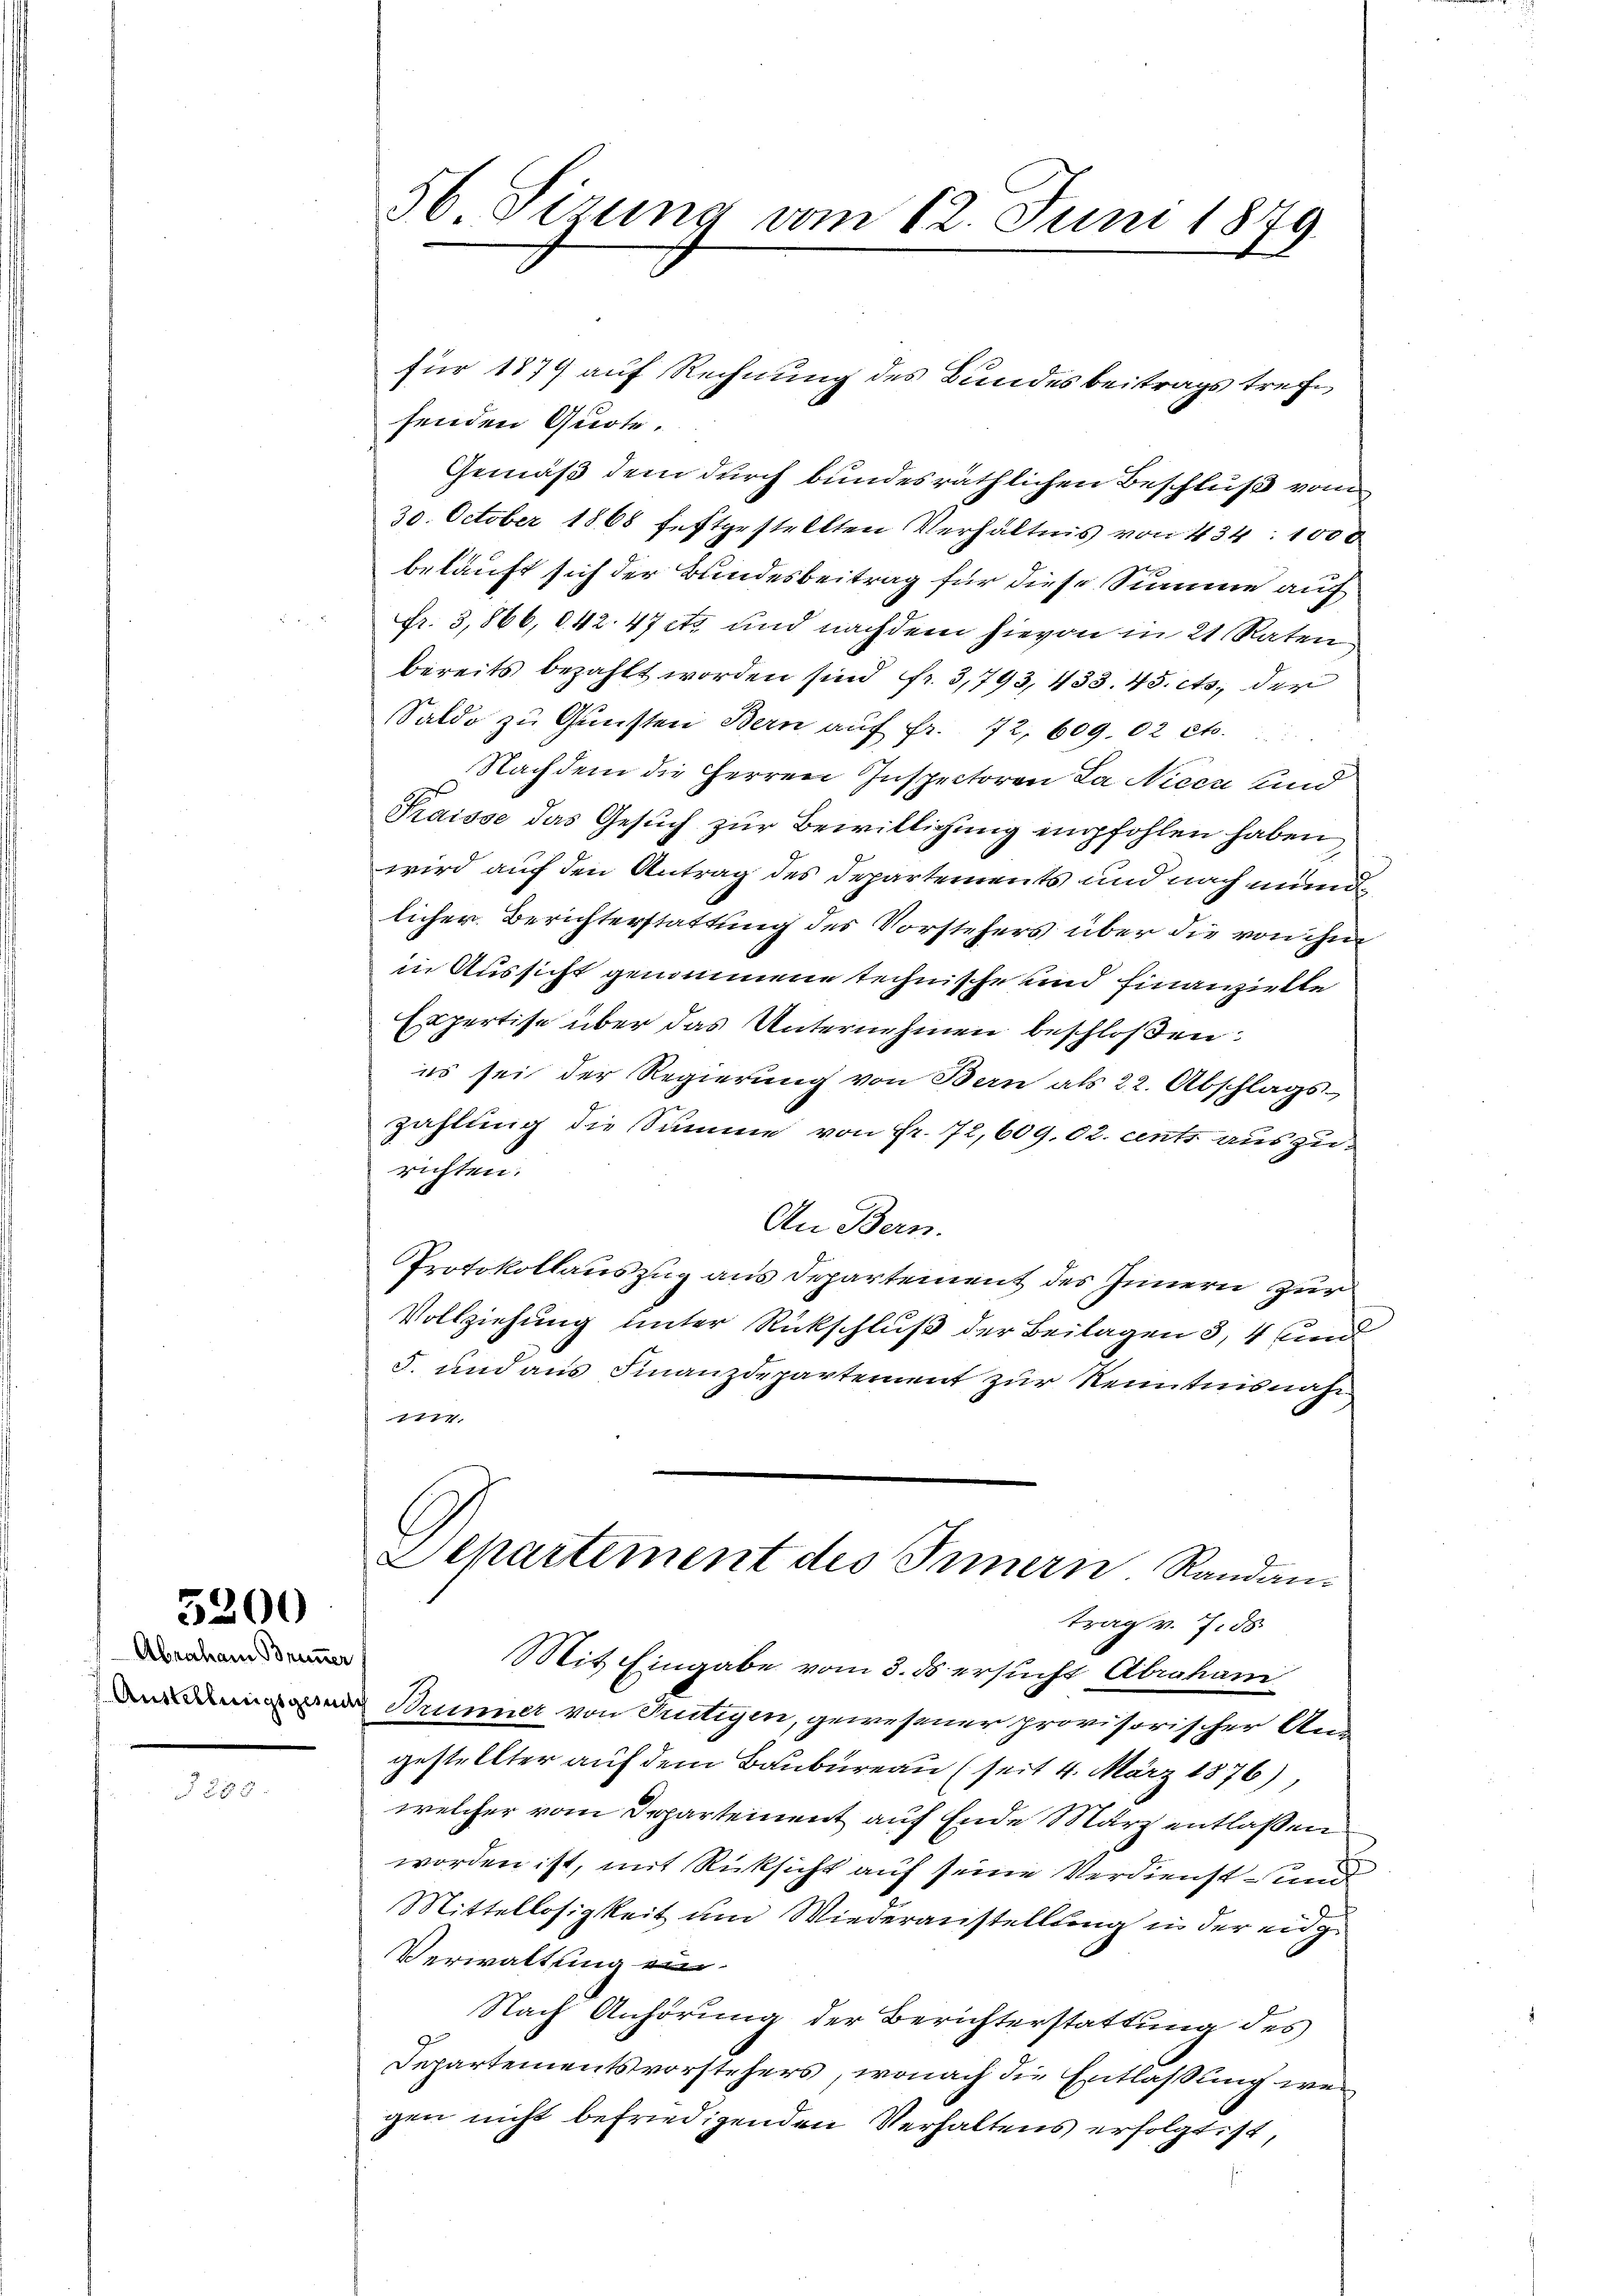
Abraham Brunner

5200

§ 583

senden Quote.
Gemäß dem durch bundesräthlichen Beschluß vom
30. October 1868 festgestellten Verhältnis von 434. 1000
belauft sich der Bundesbeitrag für diese Summe auf
Fr. 3,866, § 42. 47 etc. und nachdem hievon in 21 Raten
bereits bezahlt worden sind fr. 3,793, 433. 45. cts. der
Saldo zu Gunsten Bern auf Fr. 72, 609. 02 et.
Nachdem die Herren Inspectoren La Nieen und
Praisse das Gesŭch zŭr Bewilligung empfohlen haben,
wird auf den Antrag des Departements und nach mündlicher Berichterstattung des Vorstehers über die von ihm
in Aussicht genommene technische und Finanzielle
Expertise über das Unternehmen beschloßen:
es sei der Regierung von Bern als 22. Abschlags-
zahlung die Summe von Fr. 72,609,02. cents auszurichten.
An Bern.
Protokollauszug aus Departement des Innern zur
Vollziehung unter Rückschluß der Beilagen 3, 4 und
5. und aus Finanzdepartement zur Kenntnisnah
1774.
Departement des Innern. Randantrag v. 7. ds
Mit Eingabe vom 3. ds ersucht Abrahani
Brunner von Trutigen, gewesener provisorischer An-
gestellter auf dem Baubureau (seit 4. März 1876),
welcher vom Departement auf Ende März entlaßen
worden ist, mit Rücksicht auf seine Verdienst- und
Mittellosigkeit um Wiederanstellung in der eig
Verwaltung ein¬
Nach Anhörung der Berichterstattung des
Departementsvorstehers, wonach die Entlaßung wergen nicht befriedigenden Verhaltens erfolgt ist,

56 Sizung vom 12. Juni 1879

für 1879 auf Rechnung des Bundesbeitrags tref